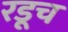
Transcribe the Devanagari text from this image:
रडूच